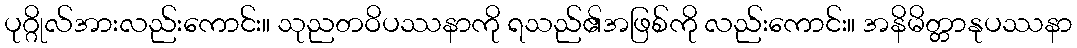
ပုဂ္ဂိုလ်အားလည်းကောင်း။ သုညတဝိပဿနာကို ရသည်၏အဖြစ်ကို လည်းကောင်း။ အနိမိတ္တာနုပဿနာ